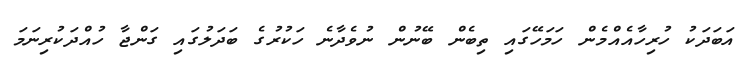
އަބަދަކު ހުރިހާއެއްމެން ހަމަހޭގައި ތިބެން ބޭނުން ނުވެދާނެ ހަކުރުގެ ބަދަލުގައި ގަންޖާ ހުއްދަކުރިނަމަ